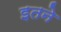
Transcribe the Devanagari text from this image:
इतने